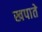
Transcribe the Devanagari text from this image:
खपाते